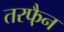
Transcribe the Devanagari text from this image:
तरफै़न